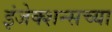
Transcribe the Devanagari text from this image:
इंजेक्शन्सच्या